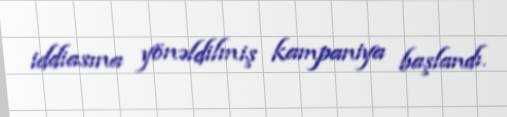
iddiasına yönəldilmiş kampaniya başlandı.